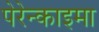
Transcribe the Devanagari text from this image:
पेरेन्काइमा